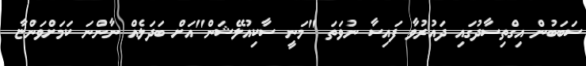
ސަބަބުން އިގްތިސާދުގައި ދައުރުވާ ފައިސާ ނުވަތަ "މަނީ ސާކިއުލޭޝަން"އަށް ބަދަލެއް ނާންނަ ކަމަށްވަންޏާ